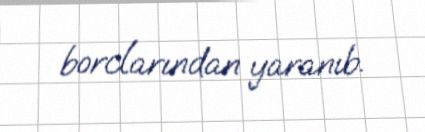
borclarından yaranıb.